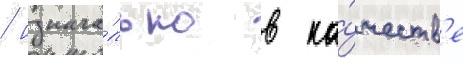
/ изнача́льно в ка́честв'е